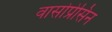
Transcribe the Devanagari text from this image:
वासोप्रेसिन